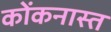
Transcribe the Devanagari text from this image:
कोंकनास्त